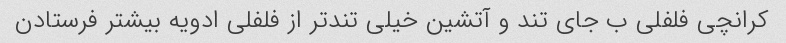
کرانچی فلفلی ب جای تند و آتشین خیلی تند‌تر از فلفلی ادویه بیشتر فرستادن